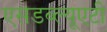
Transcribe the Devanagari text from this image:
एसडब्ल्यूएटी